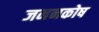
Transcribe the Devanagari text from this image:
जननकोष